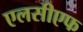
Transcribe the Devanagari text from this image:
एलसीएफ